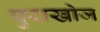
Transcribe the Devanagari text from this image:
पुराखोज